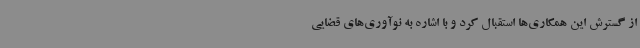
از گسترش این همکاری‌ها استقبال کرد و با اشاره به نوآوری‌های قضایی